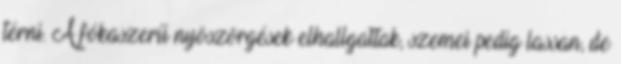
térni. A fókaszerű nyöszörgések elhallgattak, szemei pedig lassan, de